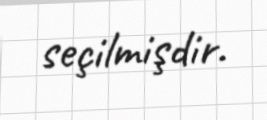
seçilmişdir.